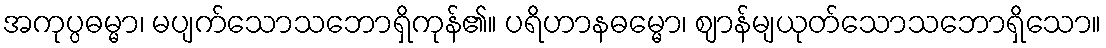
အကုပ္ပဓမ္မာ၊ မပျက်သောသဘောရှိကုန်၏။ ပရိဟာနဓမ္မော၊ ဈာန်မျယုတ်သောသဘောရှိသော။